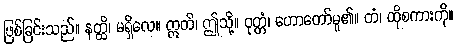
ဖြစ်ခြင်းသည်။ နတ္ထိ၊ မရှိလေ။ ဣတိ၊ ဤသို့။ ဝုတ္တံ၊ ဟောတော်မူ၏။ တံ၊ ထိုစကားကို။